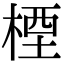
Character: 㮒